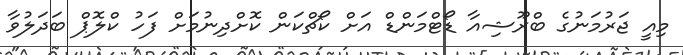
މިއީ ޖަރުމަނުގެ ބްރޫޝިއާ ޑޯޓްމަންޑް އަށް ކޯޗްކަން ކޮށްދިނުމަށް ފަހު ކްލޮޕް ބަދަލުވާ